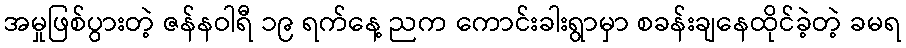
အမှုဖြစ်ပွားတဲ့ ဇန်နဝါရီ ၁၉ ရက်နေ့ ညက ကောင်းခါးရွာမှာ စခန်းချနေထိုင်ခဲ့တဲ့ ခမရ